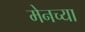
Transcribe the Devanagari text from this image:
मेनच्या